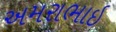
અમરાભાઇ